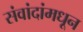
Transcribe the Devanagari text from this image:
संवांदांमधून